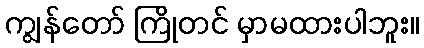
ကျွန်တော် ကြိုတင် မှာမထားပါဘူး။